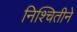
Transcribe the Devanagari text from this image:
निश्चितीने